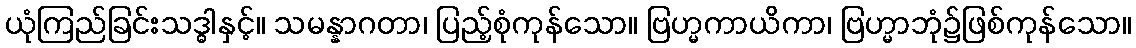
ယုံကြည်ခြင်းသဒ္ဓါနှင့်။ သမန္နာဂတာ၊ ပြည့်စုံကုန်သော။ ဗြဟ္မကာယိကာ၊ ဗြဟ္မာဘုံ၌ဖြစ်ကုန်သော။